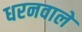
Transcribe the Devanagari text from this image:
धरनवाले